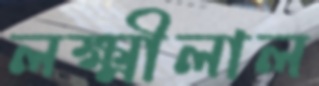
লক্ষ্মীলাল